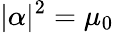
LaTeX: |\alpha|^{2}=\mu_{0}